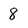
Character: 8